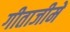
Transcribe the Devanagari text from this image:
गीताजीमें